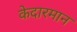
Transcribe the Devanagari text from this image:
केदारमान